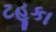
ટહૂકા